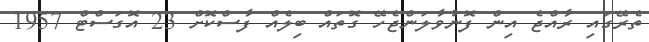
ތެރޭގައި ރާއްޖެ އިން ފޮނުވާލަންޖެހޭ ގޮތައް ބިލެއް ފާސްކޮށް 23 އޮގަސްޓް 1957